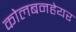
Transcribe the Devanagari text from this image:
कोलबनहेयर